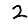
Digit: 2